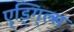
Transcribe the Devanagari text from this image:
ए्ड्गि्ल्स